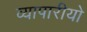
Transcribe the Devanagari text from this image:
व्यापारीयो